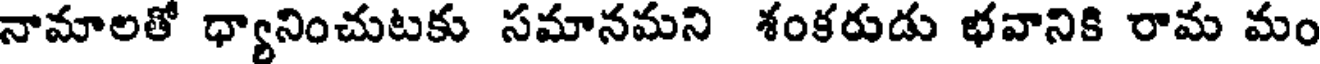
నామాలతో ధ్యానించుటకు సమానమని శంకరుడు భవానికి రామ మం